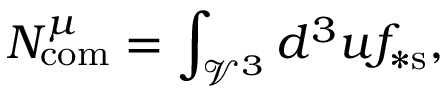
N _ { \mathrm { c o m } } ^ { \mu } = \int _ { \mathcal { V } ^ { 3 } } d ^ { 3 } u f _ { \ast \mathrm { s } } ,